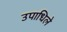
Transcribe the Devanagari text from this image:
उपाधिले